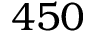
4 5 0